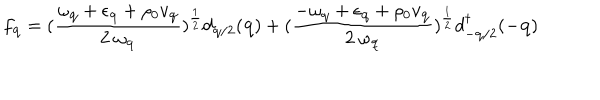
f _ { { \bf { q } } } = ( \frac { \omega _ { { \bf { q } } } + \epsilon _ { { \bf { q } } } + \rho _ { 0 } v _ { { \bf { q } } } } { 2 \mathrm { ~ } \omega _ { { \bf { q } } } } ) ^ { \frac { 1 } { 2 } } d _ { { \bf { q } } / 2 } ( { \bf { q } } ) + ( \frac { - \omega _ { { \bf { q } } } + \epsilon _ { { \bf { q } } } + \rho _ { 0 } v _ { { \bf { q } } } } { 2 \mathrm { ~ } \omega _ { { \bf { q } } } } ) ^ { \frac { 1 } { 2 } } d _ { - { \bf { q } } / 2 } ^ { \dagger } ( - { \bf { q } } )